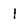
Character: 1